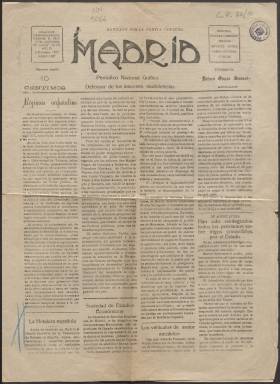
Título: Madrid (Madrid. 1917)
Colección: Periódicos
Ámbito geográfico: Madrid
Lugar de publicación: Madrid
Fechas: 02/02/1927-02/02/1927